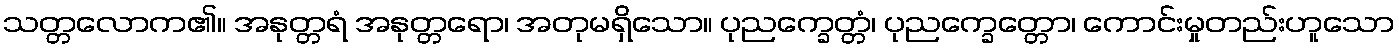
သတ္တလောက၏။ အနုတ္တရံ အနုတ္တရော၊ အတုမရှိသော။ ပုညက္ခေတ္တံ၊ ပုညက္ခေတ္တော၊ ကောင်းမှုတည်းဟူသော